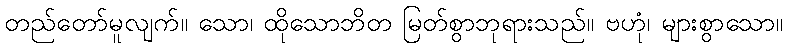
တည်တော်မူလျက်။ သော၊ ထိုသောဘိတ မြတ်စွာဘုရားသည်။ ဗဟုံ၊ များစွာသော။